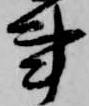
事